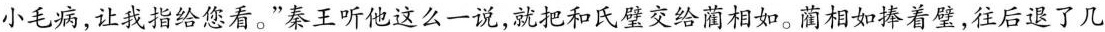
小毛病，让我指给您看。”秦王听他这么一说，就把和氏璧交给蔺相如。蔺相如捧着壁，往后退了几